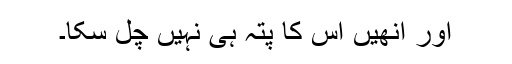
اور انھیں اِس کا پتہ ہی نہیں چل سکا۔